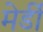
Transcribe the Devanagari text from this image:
मेर्डी